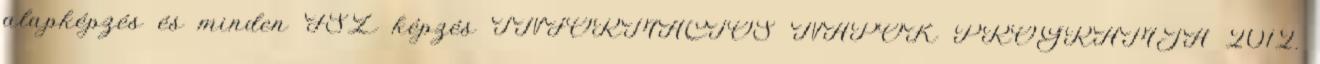
alapképzés és minden FSZ képzés INFORMÁCIÓS NAPOK PROGRAMJA 2012.